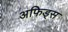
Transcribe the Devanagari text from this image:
अफिड्स